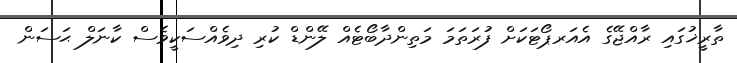
ތާރީޚުގައި ރާއްޖޭގެ އެއަރޕޯޓަކަށް ފުރަތަމަ މަތިންދާބޯޓެއް ލޭންޑް ކުރި ދިވެއްސަކީވެސް ކާނަލް ޙަސަން